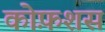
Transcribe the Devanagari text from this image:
कोफ़शस